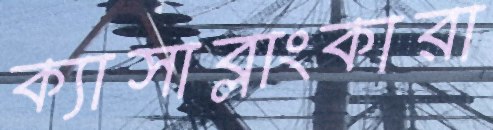
ক্যাসাব্লাংকারা